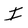
Character: I